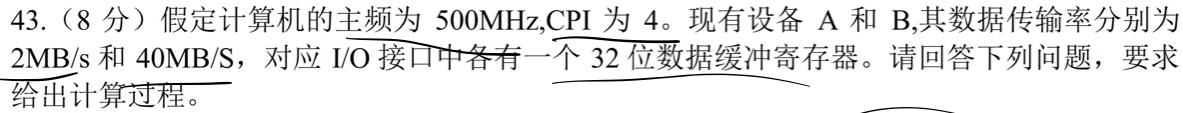
43.（8分）假定计算机的主频为 \(500\text{MHz}\)，CPI 为 4。现有设备 A 和 B,其数据传输率分别为 \(2\text{MB/s}\) 和 \(40\text{MB/S}\)，对应 I/O 接口中各有一个 32 位数据缓冲寄存器。请回答下列问题，要求给出计算过程。